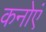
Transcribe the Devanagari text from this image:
कनोएं